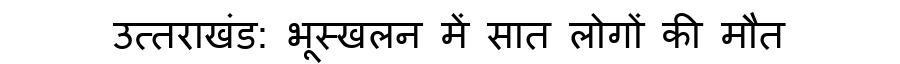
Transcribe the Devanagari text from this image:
उत्तराखंड: भूस्खलन में सात लोगों की मौत